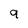
Character: q